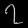
Digit: ၇